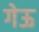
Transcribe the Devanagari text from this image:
गेऊ